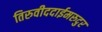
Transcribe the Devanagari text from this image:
तिरुवीददाईमरुदुर